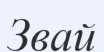
Звай